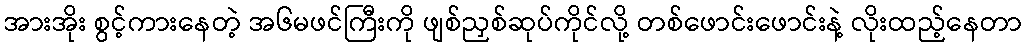
အားအိုး စွင့်ကားနေတဲ့ အ၆မဖင်ကြီးကို ဖျစ်ညှစ်ဆုပ်ကိုင်လို့ တစ်ဖောင်းဖောင်းနဲ့ လိုးထည့်နေတာ